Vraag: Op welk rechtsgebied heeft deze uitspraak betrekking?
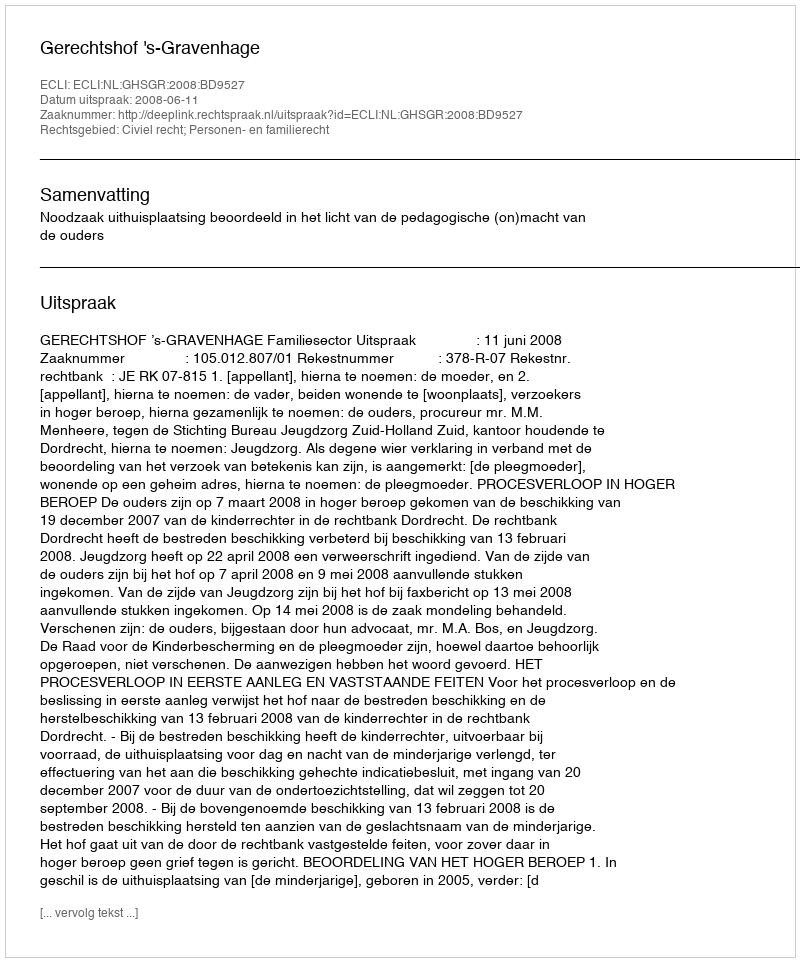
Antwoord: Civiel recht; Personen- en familierecht